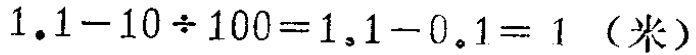
\(1.1 - 10\div100 = 1.1 - 0.1 = 1\)（米）